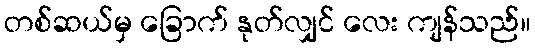
တစ်ဆယ်မှ ခြောက် နုတ်လျှင် လေး ကျန်သည်။